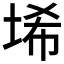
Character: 𱖱